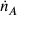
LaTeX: { \dot { n } } _ { A }